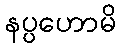
နပ္ပဟောမိ